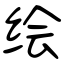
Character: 绘